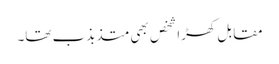
مقابل کھڑا شخص بھی متذبذب تھا۔